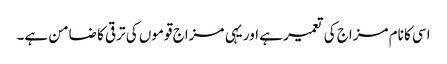
اسی کا نام مزاج کی تعمیر ہے اور یہی مزاج قوموں کی ترقی کا ضامن ہے۔